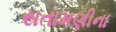
સતામણીના